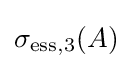
\sigma _{\mathrm {ess} ,3}(A)